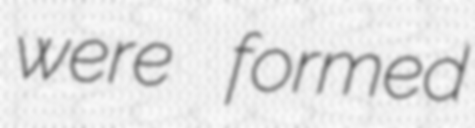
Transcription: were formed